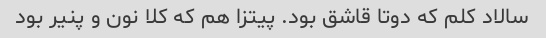
سالاد کلم که دوتا قاشق بود. پیتزا هم که کلا نون و پنیر بود